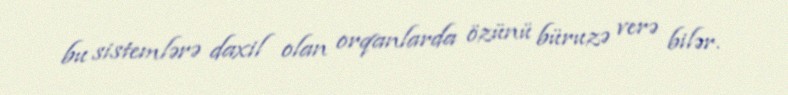
bu sistemlərə daxil olan orqanlarda özünü büruzə verə bilər.